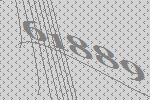
61889